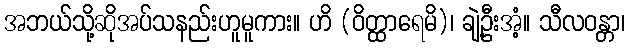
အဘယ်သို့ဆိုအပ်သနည်းဟူမူကား။ ဟိ (ဝိတ္ထာရေမိ)၊ ချဲ့ဦးအံ့။ သီလဝန္တာ၊